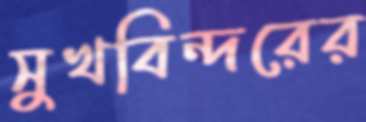
সুখবিন্দরের